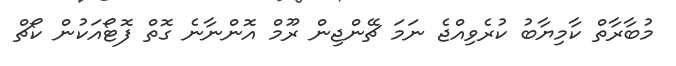
މުބާރާތް ކާމިޔާބު ކުރެވިއްޖެ ނަމަ ޗޭންޖިން ރޫމް އޮންނާނެ ގޮތް ފޮޓޯއަކުން ކޯޗް